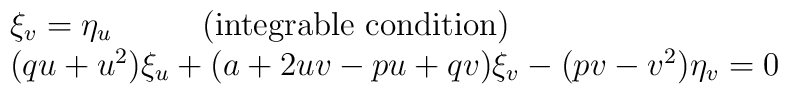
\begin{array}{l}    \xi_v = \eta_u \hspace{1cm}      \mbox{ (integrable condition)}\\                          (   q u +   u^2 ) \xi_u              + ( a + 2 u v - p u + q v   ) \xi_v                         - (  p v -   v^2 ) \eta_v = 0   \end{array}